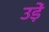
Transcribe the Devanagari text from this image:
उड़ें